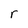
Character: r